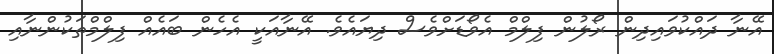
އޭނާ ދައްކުވައިދިން ރޯލުން ފިލްމް އެވޯޑަށްވެސް ދިޔައެވެ. އޭނާއަކީ އެހެން ބައެއް ފިލްމްތަކުންނާއި